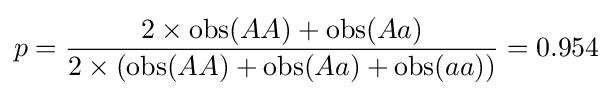
p={2\times \mathrm {obs} (AA)+\mathrm {obs} (Aa) \over 2\times (\mathrm {obs} (AA)+\mathrm {obs} (Aa)+\mathrm {obs} (aa))}=0.954